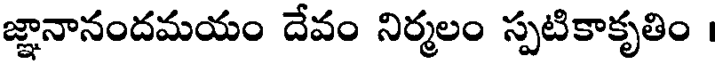
జ్ఞానానందమయం దేవం నిర్మలం స్పటికాకృతిం